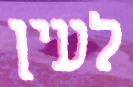
לעין